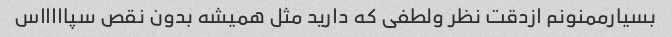
بسیارممنونم ازدقت نظر ولطفی که دارید مثل همیشه بدون نقص سپاااااس